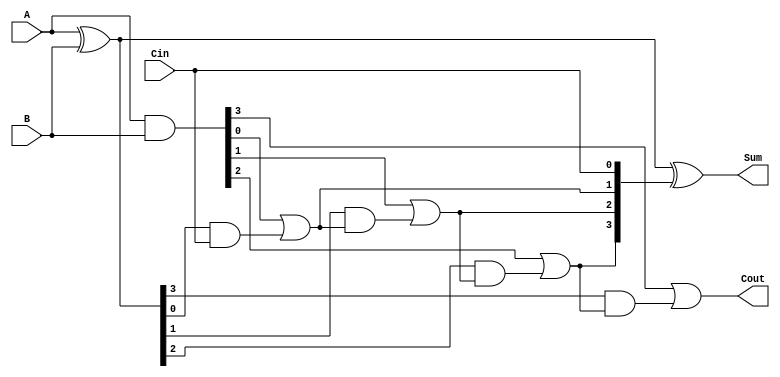
module ConditionalSumFullAdder #(parameter n = 4) (
    input  [n-1:0] A,      // First input operand
    input  [n-1:0] B,      // Second input operand
    input          Cin,     // Carry input
    output [n-1:0] Sum,     // Resulting sum
    output         Cout      // Carry output
);

    // Intermediate signals for partial sums and generates
    wire [n-1:0] P; // Propagate
    wire [n-1:0] G; // Generate
    wire [n:0] C;   // Carry signals

    // Generate and Propagate calculations
    assign P = A ^ B; // Partial sum (A XOR B)
    assign G = A & B; // Generate carry (A AND B)

    // Carry calculations
    assign C[0] = Cin; // Initial carry
    genvar i;
    generate
        for (i = 1; i < n+1; i = i + 1) begin : carry_calc
            assign C[i] = G[i-1] | (P[i-1] & C[i-1]); // Conditional carry calculation
        end
    endgenerate

    // Sum calculations
    assign Sum = P ^ C[n-1:0]; // Final sum calculation
    assign Cout = C[n]; // Final carry output

endmodule